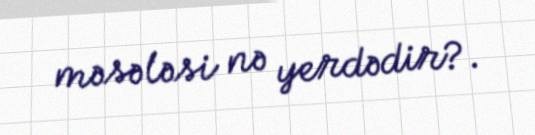
məsələsi nə yerdədir?.